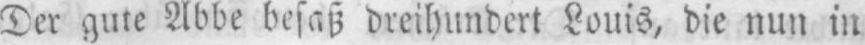
Der gute Abbe besaß dreihundert Louis, die nun in